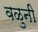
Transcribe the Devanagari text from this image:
वळुनी